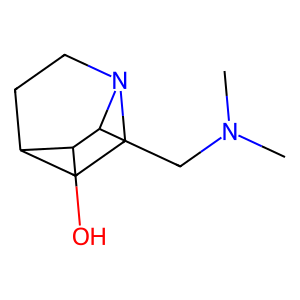
SMILES: CN(C)CC1C(O)C2CCN1CC2
Inhibits HIV replication: No